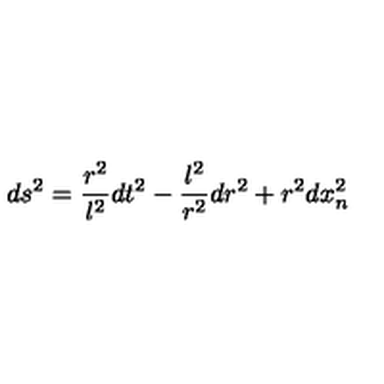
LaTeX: d s ^ { 2 } = \frac { r ^ { 2 } } { l ^ { 2 } } d t ^ { 2 } - \frac { l ^ { 2 } } { r ^ { 2 } } d r ^ { 2 } + r ^ { 2 } d x _ { n } ^ { 2 }